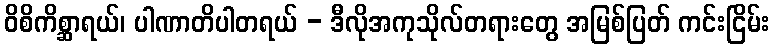
ဝိစိကိစ္ဆာရယ်၊ ပါဏာတိပါတရယ် - ဒီလိုအကုသိုလ်တရားတွေ အမြစ်ပြတ် ကင်းငြိမ်း